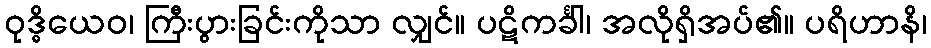
ဝုဒ္ဓိယေဝ၊ ကြီးပွားခြင်းကိုသာ လျှင်။ ပဋိကင်္ခါ၊ အလိုရှိအပ်၏။ ပရိဟာနိ၊